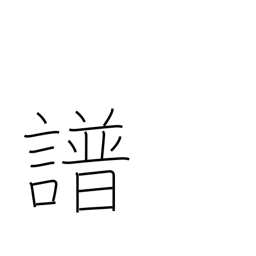
Meaning: music